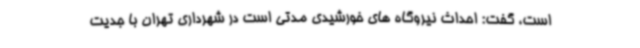
است، گفت: احداث نیروگاه های خورشیدی مدتی است در شهرداری تهران با جدیت